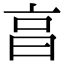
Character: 亯